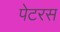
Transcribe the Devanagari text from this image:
पेटरस